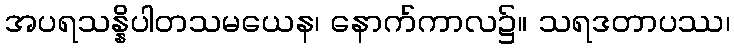
အပရသန္နိပါတသမယေန၊ နောက်ကာလ၌။ သရဒတာပဿ၊